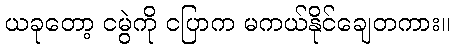
ယခုတော့ ငမွဲကို ငပြာက မကယ်နိုင်ချေတကား။